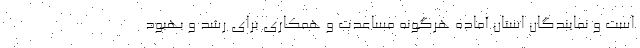
است و نمایندگان استان آماده هرگونه مساعدت و همكاري براي رشد و بهبود